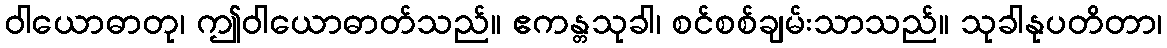
ဝါယောဓာတု၊ ဤဝါယောဓာတ်သည်။ ဧကန္တသုခါ၊ စင်စစ်ချမ်းသာသည်။ သုခါနုပတိတာ၊